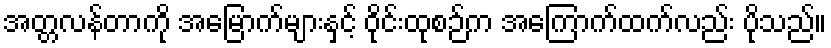
အတ္တလန်တာကို အမြောက်များနှင့် ဝိုင်းထုစဉ်က အကြောက်ထက်လည်း ပိုသည်။